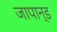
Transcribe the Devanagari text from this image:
जापान्ड